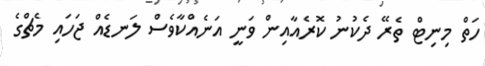
ހަތް މިނިޓް ތެރޭ ދެކުނު ކޮރެއާއިން ވަނީ އަނެއްކާވެސް ލަނޑެއް ޖަހައި މެޗްގެ